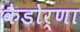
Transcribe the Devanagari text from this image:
कैडोर्णा